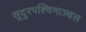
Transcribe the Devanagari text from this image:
सूदुरपश्चिमाञ्चल